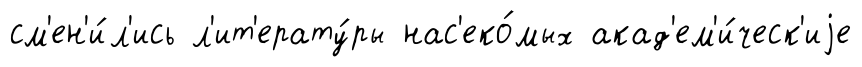
см'ен'и́л'ись л'ит'ерату́ры нас'еко́мых акад'ем'и́ческ'иjе